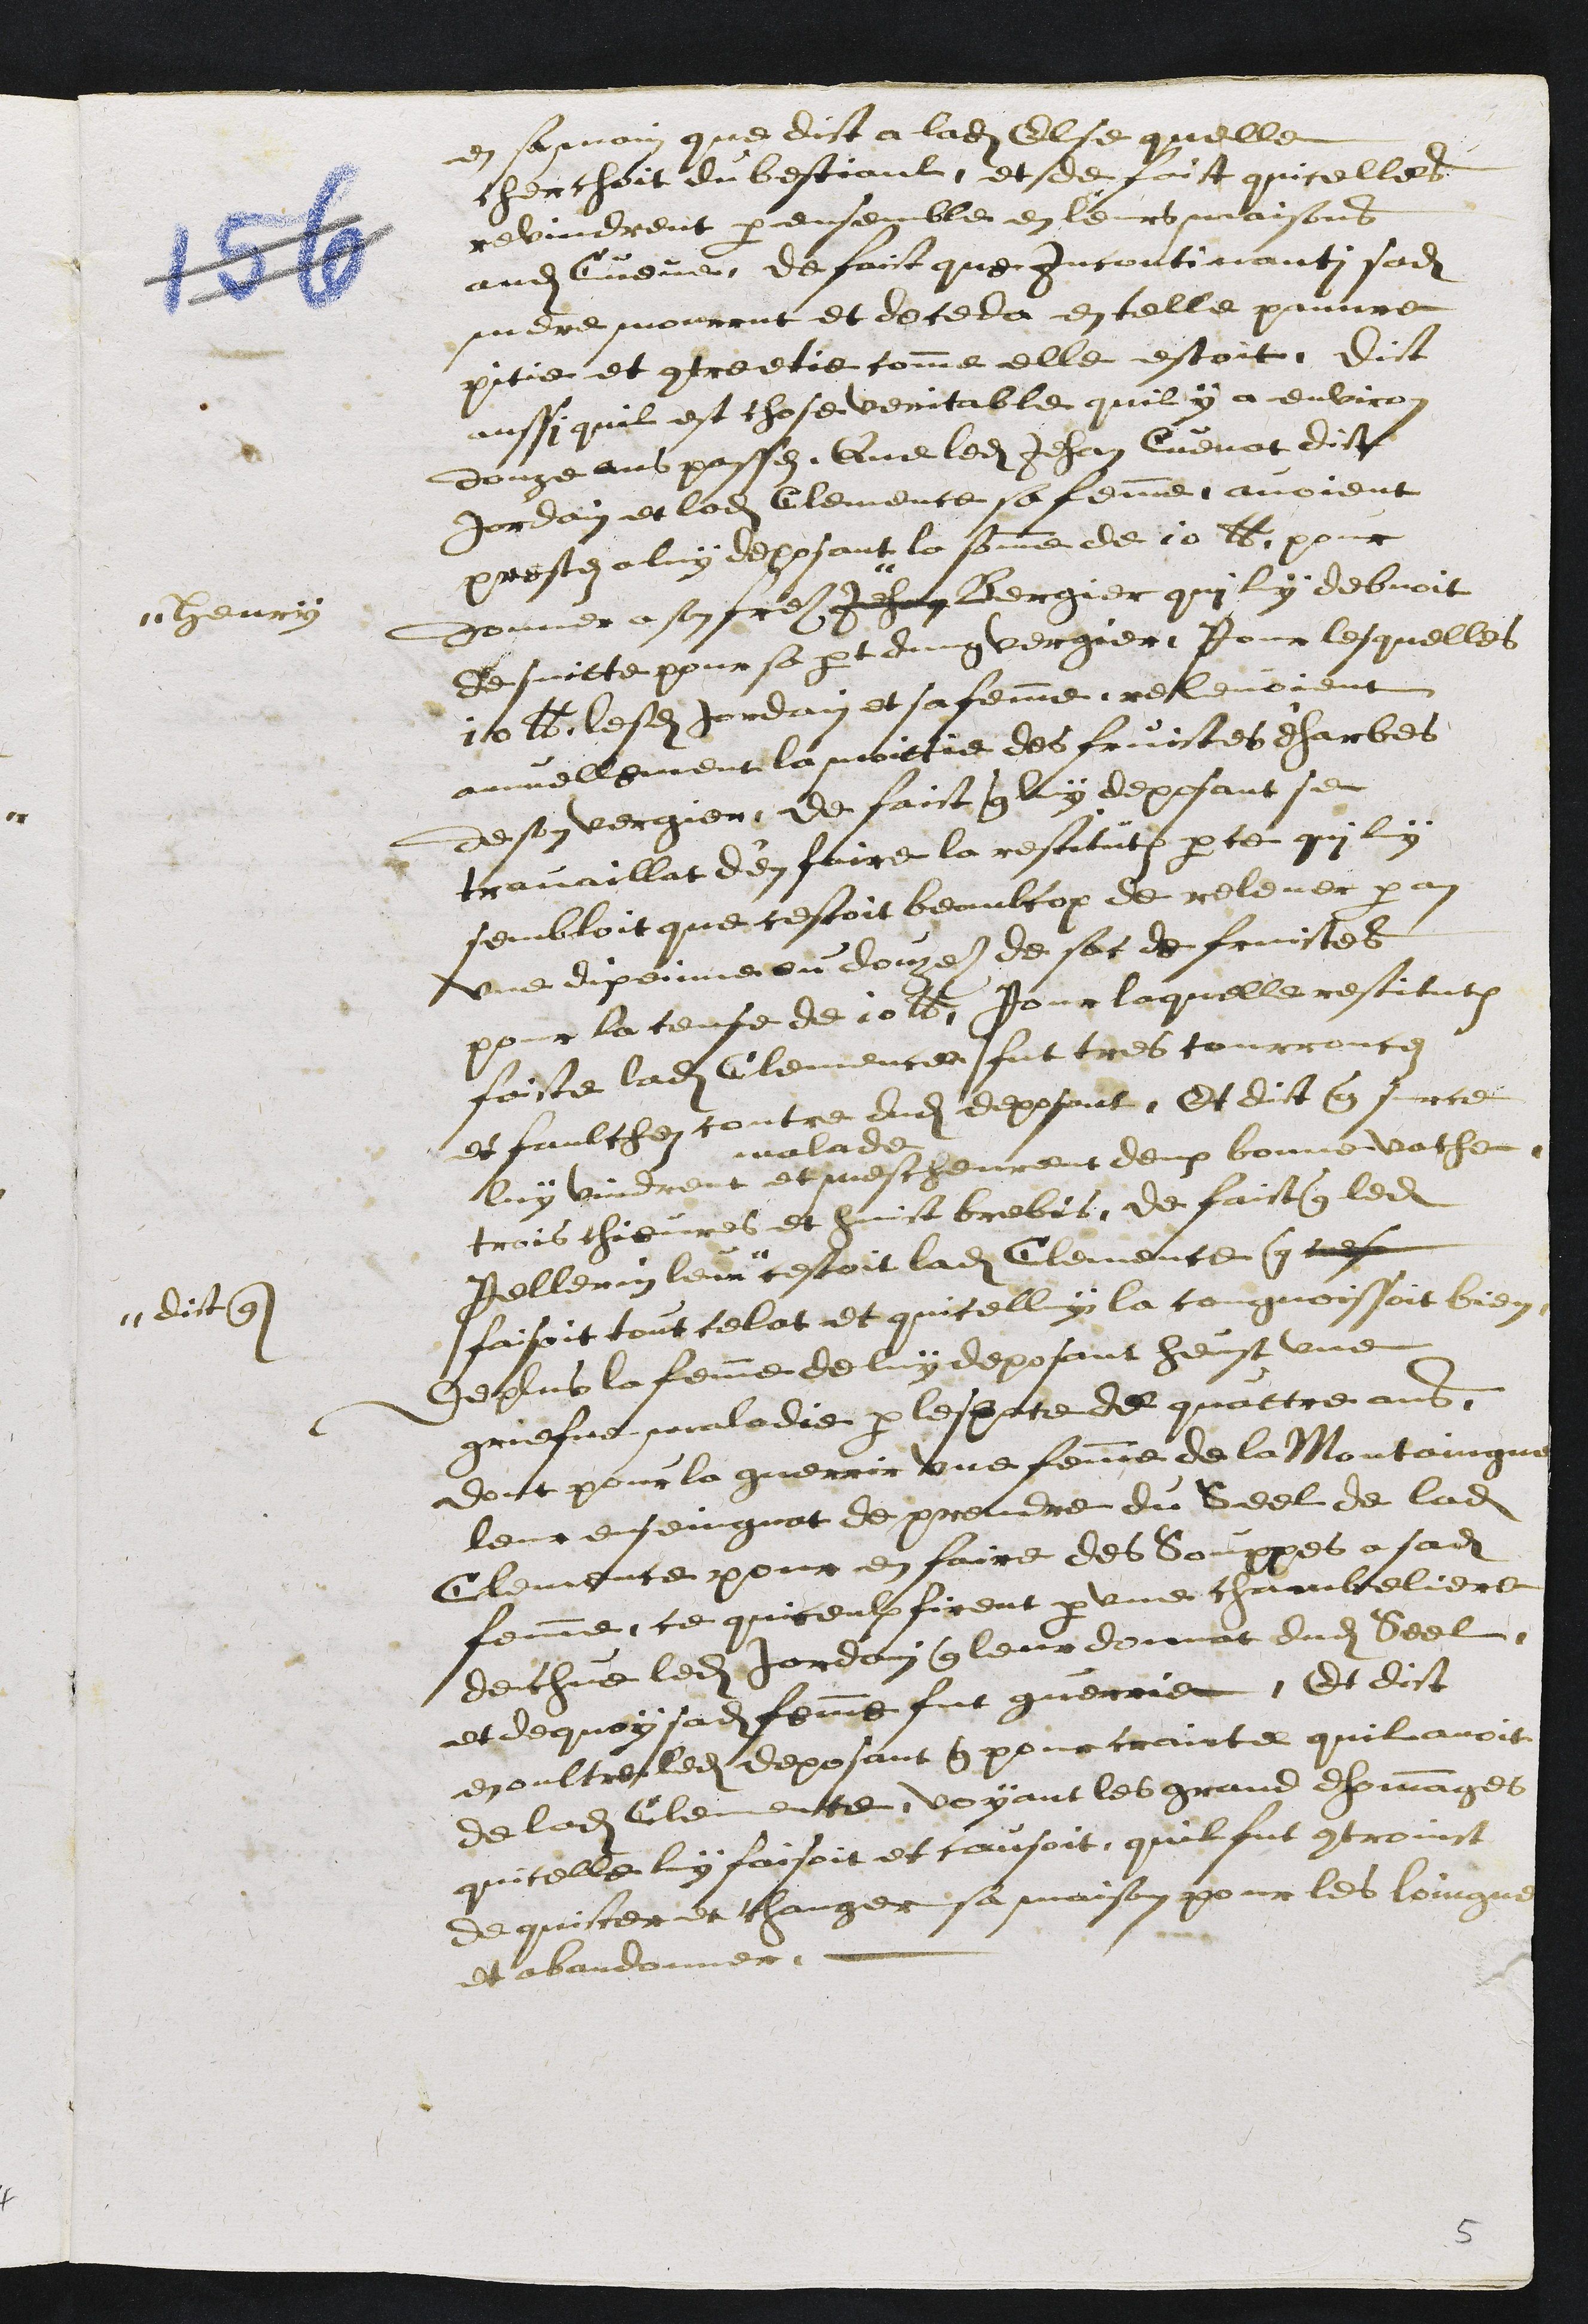
en sa main que dict a ladite Else quelle
cherchoit du bestiaul, et de faict quicelles
revindrent par ensemble en leurs maisons
audit Cueve de faict que incontinanti sadite
mere mourrut et deceda en telle pauvre
pitie et contreetie comme elle estoit, dict
aussi quil est chose veritable quil y a environ
douze ans passez, Que ledit Jehan Cuenat dict
Jordain et ladite Clemence sa femme avoient
prestez a luy deposant la somme de 10 lb. pour
donner a son fre Jehan
# Henry
Bergier qui luy debvoit
de suitte pour sa part dung vergier, pour lesquelles
10 lb. lesdits Jordain et sa femme relevoient
annuellement la moittie des fruictes d'harbes
de son vergier, de faict que luy deposant se
travaillat d’en faire la restitution parce qui luy
sembloit que cestoit beaulcop de relever par an
une dixeinne ou douzaine de sac de fruictes
pour la cense de 10 lb. Pour laquelle restitution
faicte ladite Clemence fut tres courroucez
et faulchez contre dudit deposant, Et dict que surce
luy vindrent
malade
et mescheurent deux bonne vache
trois chievres et huict brebis, de faict que ledit
Pellerin leur
dict que
cestoit ladite Clemence que cuese
faisoit tout celat et quicelluy la congnoissoit bien
De plus la femme de luy deposant heust une
griefve maladie par lespace de quattre ans
dont pour la guerrir une femme de la Montaingne
leur ensoingnat de prendre du Seel de ladite
Clemence pour en faire des Souppes a sadite
femme, ce quiceulx firent par une chambeliere
de chue ledit Jordain que leur donnat dudit Seel
et de quoy sadite femme fut guerrie, Et dict
en oultre ledit deposant que pour crainte quil avoit
de ladite Clemente, voyant les grand dhommages
quicelle luy faisoit et causoit, quil fut contrainct
de quicter et changer sa maison pour les loingner
et abandonner.
5